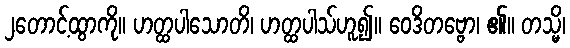
၂တောင့်ထွာကို။ ဟတ္ထပါသောတိ၊ ဟတ္ထပါသ်ဟူ၍။ ဝေဒိတဗ္ဗော၊ ၏။ တသ္မိ၊